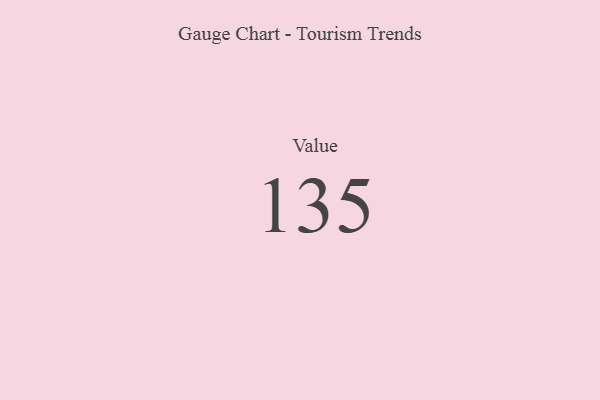
{"axis": {"x": "Metric", "y": "Value"}, "legend": [""], "data": [{"x": "Value", "y": 135, "type": ""}]}